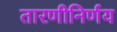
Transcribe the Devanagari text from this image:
तारणीनिर्णय